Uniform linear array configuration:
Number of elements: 64
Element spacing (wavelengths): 0.75
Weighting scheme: kaiser
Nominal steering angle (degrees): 45
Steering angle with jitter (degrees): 43.709
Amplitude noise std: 0.05
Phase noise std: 0.05

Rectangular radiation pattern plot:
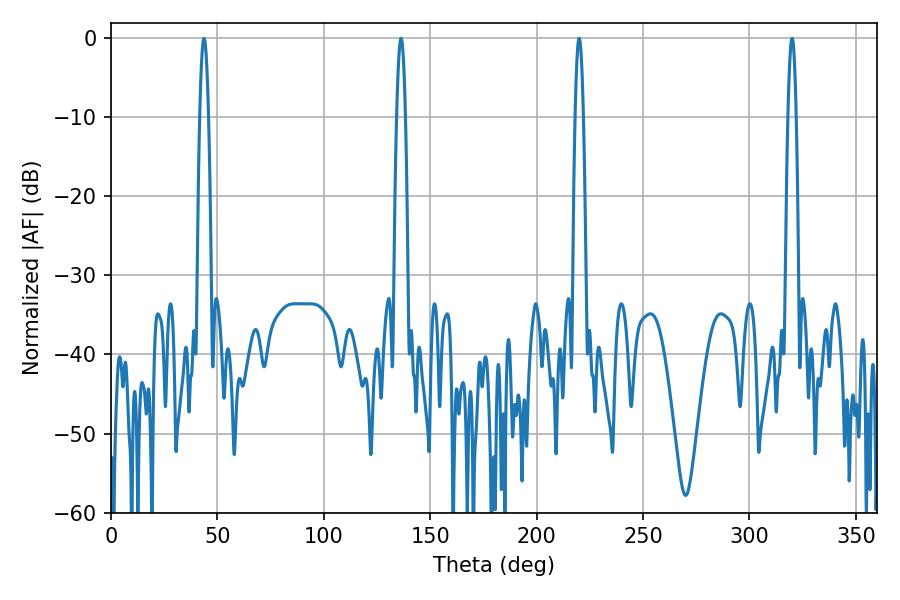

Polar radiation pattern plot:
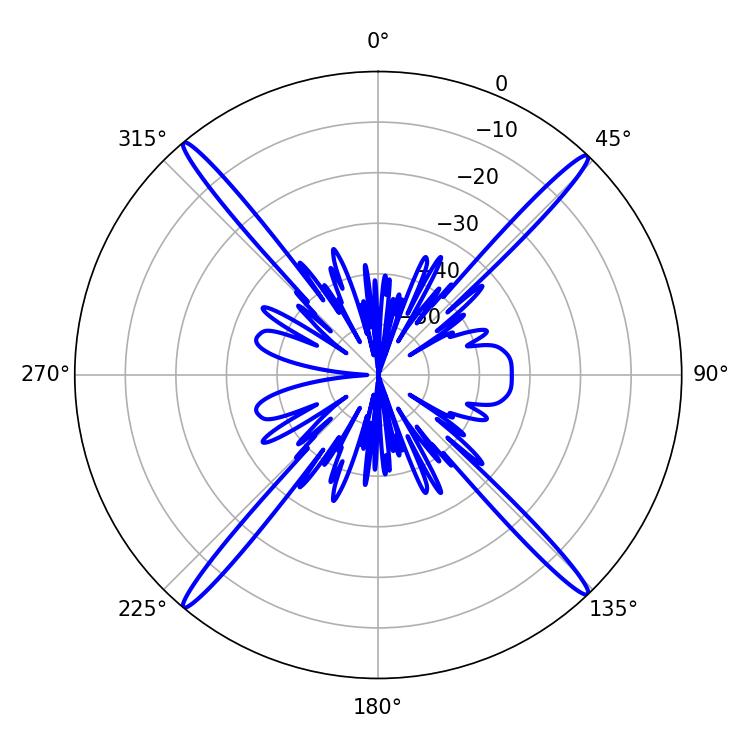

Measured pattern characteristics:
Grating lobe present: TRUE
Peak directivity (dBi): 24.289
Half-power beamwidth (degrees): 2.16
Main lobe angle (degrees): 219.96